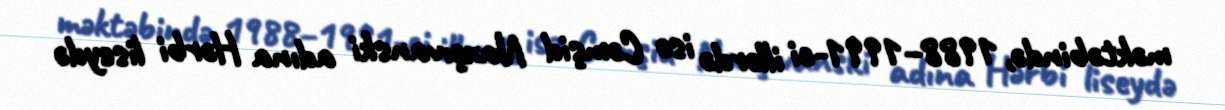
məktəbində, 1988–1991-ci illərdə isə Cəmşid Naxçıvanski adına Hərbi liseydə